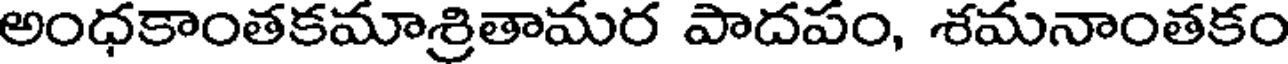
అంధకాంతకమాశ్రితామర పాదపం, శమనాంతకం